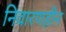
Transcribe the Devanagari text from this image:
निवारणहीन